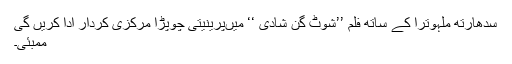
سدھارتھ ملہوترا کے ساتھ فلم ’’شوٹ گن شادی ‘‘ میںپرینیتی چوپڑا مرکزی کردار ادا کریں گی
ممبئی۔